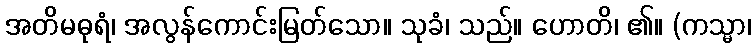
အတိမဓုရံ၊ အလွန်ကောင်းမြတ်သော။ သုခံ၊ သည်။ ဟောတိ၊ ၏။ (ကသ္မာ၊